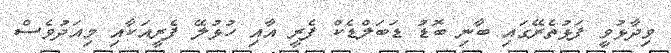
ވިދާޅުވީ ފަޅުތެރޭގައި ބާނި ބޮޑު ޑަބަލްޑެކް ފެރީ އާއި ހުޅުލޭ ފެރީއަކާއި މިއަދުވެސް